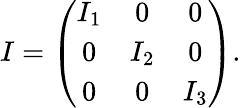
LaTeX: \begin{array}{r}{I=\left(\begin{array}{ccc}{I_{1}}&{0}&{0}\\ {0}&{I_{2}}&{0}\\ {0}&{0}&{I_{3}}\end{array}\right).}\end{array}